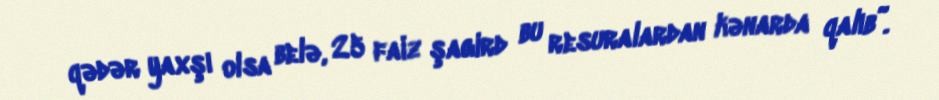
qədər yaxşı olsa belə, 25 faiz şagird bu resuralardan kənarda qalıb”.